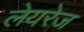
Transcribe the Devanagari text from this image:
लेयरेज